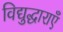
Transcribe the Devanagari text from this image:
विद्युद्धाराएँ